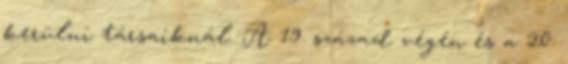
kerülni társaiknál. A 19. század végén és a 20.